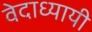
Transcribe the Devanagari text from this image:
वेदाध्यायी